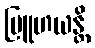
ဗြူဟယန္တိ